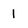
Character: 1